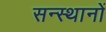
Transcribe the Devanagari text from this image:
सन्स्थानों